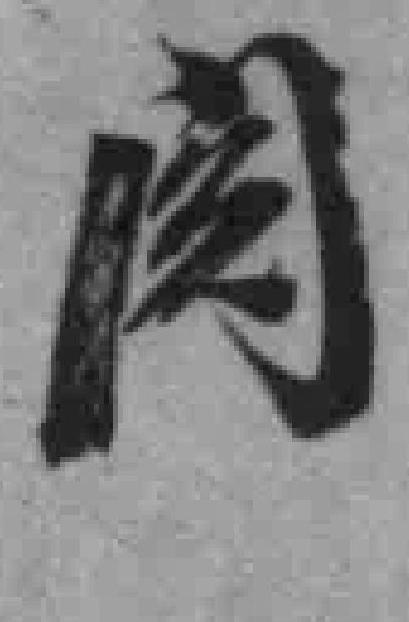
阅